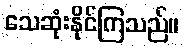
သေဆုံးနိုင်ကြသည်။